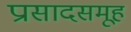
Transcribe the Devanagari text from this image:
प्रासादसमूह